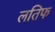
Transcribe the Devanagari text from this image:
लतिफ